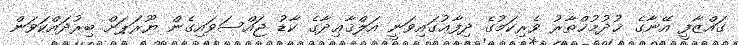
ގައްޒާފީ އޭނާގެ ޚުދުމުޚްތާރު ވެރިކަމުގެ ދިފާޢުގައިވަނީ އަލްޤާޢިދާގެ ކާޑު ޖައްސަވައިގެން ޔޫރަޕަށް ބިރުދައްކަވަން